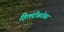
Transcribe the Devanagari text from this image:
हिलरीबरोबर